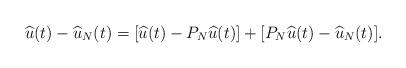
LaTeX: \begin{align*}\widehat{u}(t)-\widehat{u}_N(t)=[\widehat{u}(t)-P_N \widehat{u}(t)]+[P_N \widehat{u}(t)-\widehat{u}_N(t)].\end{align*}